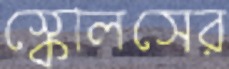
স্কোলসের